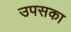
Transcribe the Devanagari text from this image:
उपसका